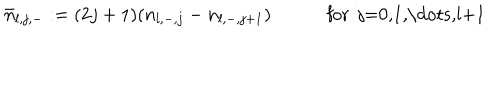
\bar { n } _ { l , j , - } : = ( 2 j + 1 ) ( n _ { l , - , j } - n _ { l , - , j + 1 } ) \qquad \quad \mathrm { f o r ~ j = 0 , 1 , \dots , l + 1 ~ }